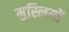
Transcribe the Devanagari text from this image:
मुस्‍लिमों